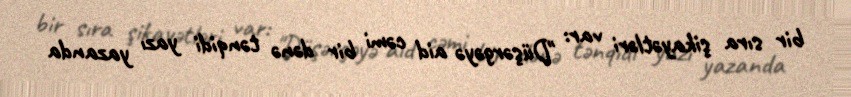
bir sıra şikayətləri var: "Düşərgəyə aid cəmi bir dənə tənqidi yazı yazanda